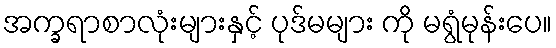
အက္ခရာစာလုံးများနှင့် ပုဒ်မများ ကို မရွံမုန်းပေ။